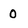
Character: 0